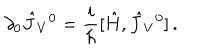
\partial _ { 0 } \hat { J } _ { V } { } ^ { 0 } = { \frac { i } { \hbar } } [ \hat { H } , \hat { J } _ { V } { } ^ { 0 } ] \, .